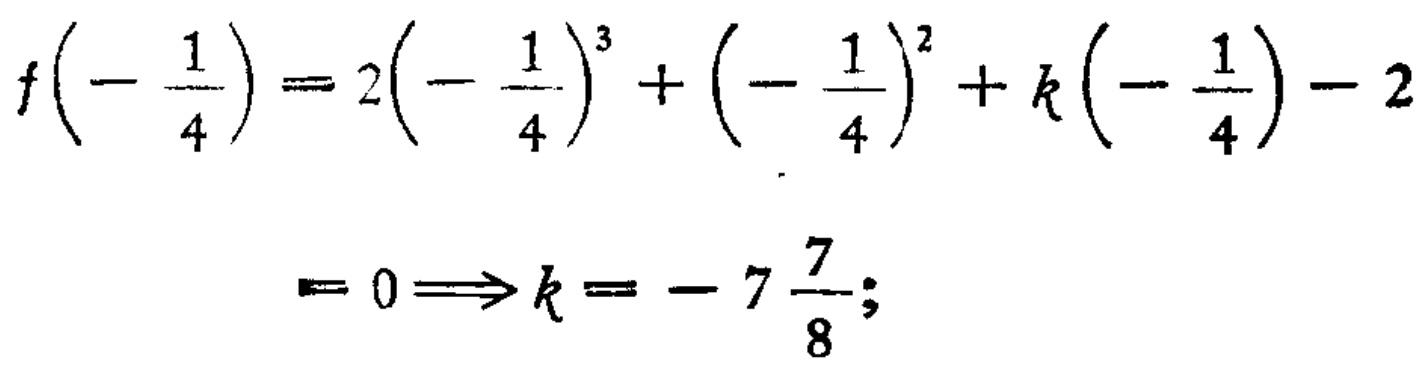
\[

\begin{align*}

f\left(-\frac{1}{4}\right)&=2\left(-\frac{1}{4}\right)^{3}+\left(-\frac{1}{4}\right)^{2}+k\left(-\frac{1}{4}\right)-2\\

&=0\Longrightarrow k = - 7\frac{7}{8};

\end{align*}

\]